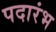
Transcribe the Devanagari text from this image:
पदारंभ